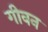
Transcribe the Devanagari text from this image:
गीवन